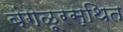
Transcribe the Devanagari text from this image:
बंगळूरस्थित